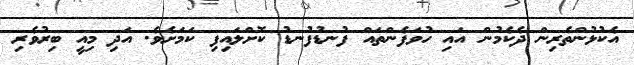
އެކުޅުންތެރިން ދެކެމުން އައި ހުވަފެންތައް ފުނޑުފުނޑު ކޮށްލައިފި ކަމަށެވެ. އަދި މިއީ ބިރުވެރި